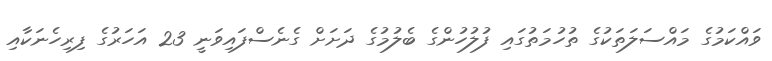
ވައްކަމުގެ މައްސަލަތަކުގެ ތުހުމަތުގައި ފުލުހުންގެ ބެލުމުގެ ދަށަށް ގެނެސްފައިވަނީ 23 އަހަރުގެ ފިރިހެނަކާއި